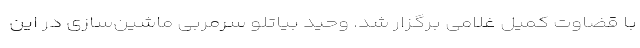
با قضاوت کمیل غلامی برگزار شد. وحید بیاتلو سرمربی ماشین‌سازی در این